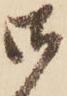
御